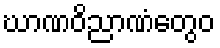
ဃာဏဝိညာဏံတွေဝ